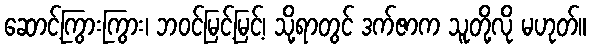
ဆောင့်ကြွားကြွား၊ ဘဝင်မြင့်မြင့်၊ သို့ရာတွင် ဒက်ဇာက သူတို့လို မဟုတ်။